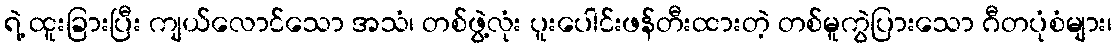
ရဲ့ ထူးခြားပြီး ကျယ်လောင်သော အသံ၊ တစ်ဖွဲ့လုံး ပူးပေါင်းဖန်တီးထားတဲ့ တစ်မူကွဲပြားသော ဂီတပုံစံများ၊